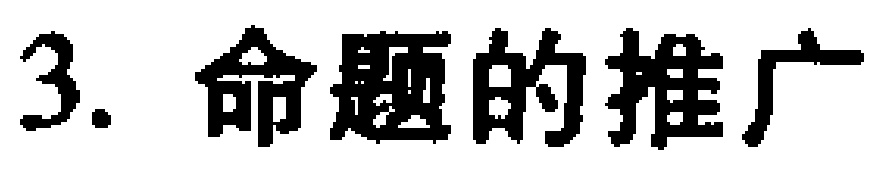
3. 命题的推广